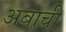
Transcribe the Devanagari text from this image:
अबाची